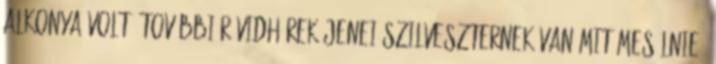
alkonya volt. További rövidhírek Jenei Szilveszternek van mit mesélnie,